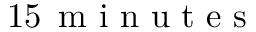
1 5 \, \mathrm { ~ m ~ i ~ n ~ u ~ t ~ e ~ s ~ }